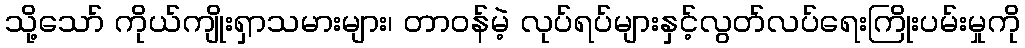
သို့သော် ကိုယ်ကျိုးရှာသမားများ၊ တာဝန်မဲ့ လုပ်ရပ်များနှင့်လွတ်လပ်ရေးကြိုးပမ်းမှုကို